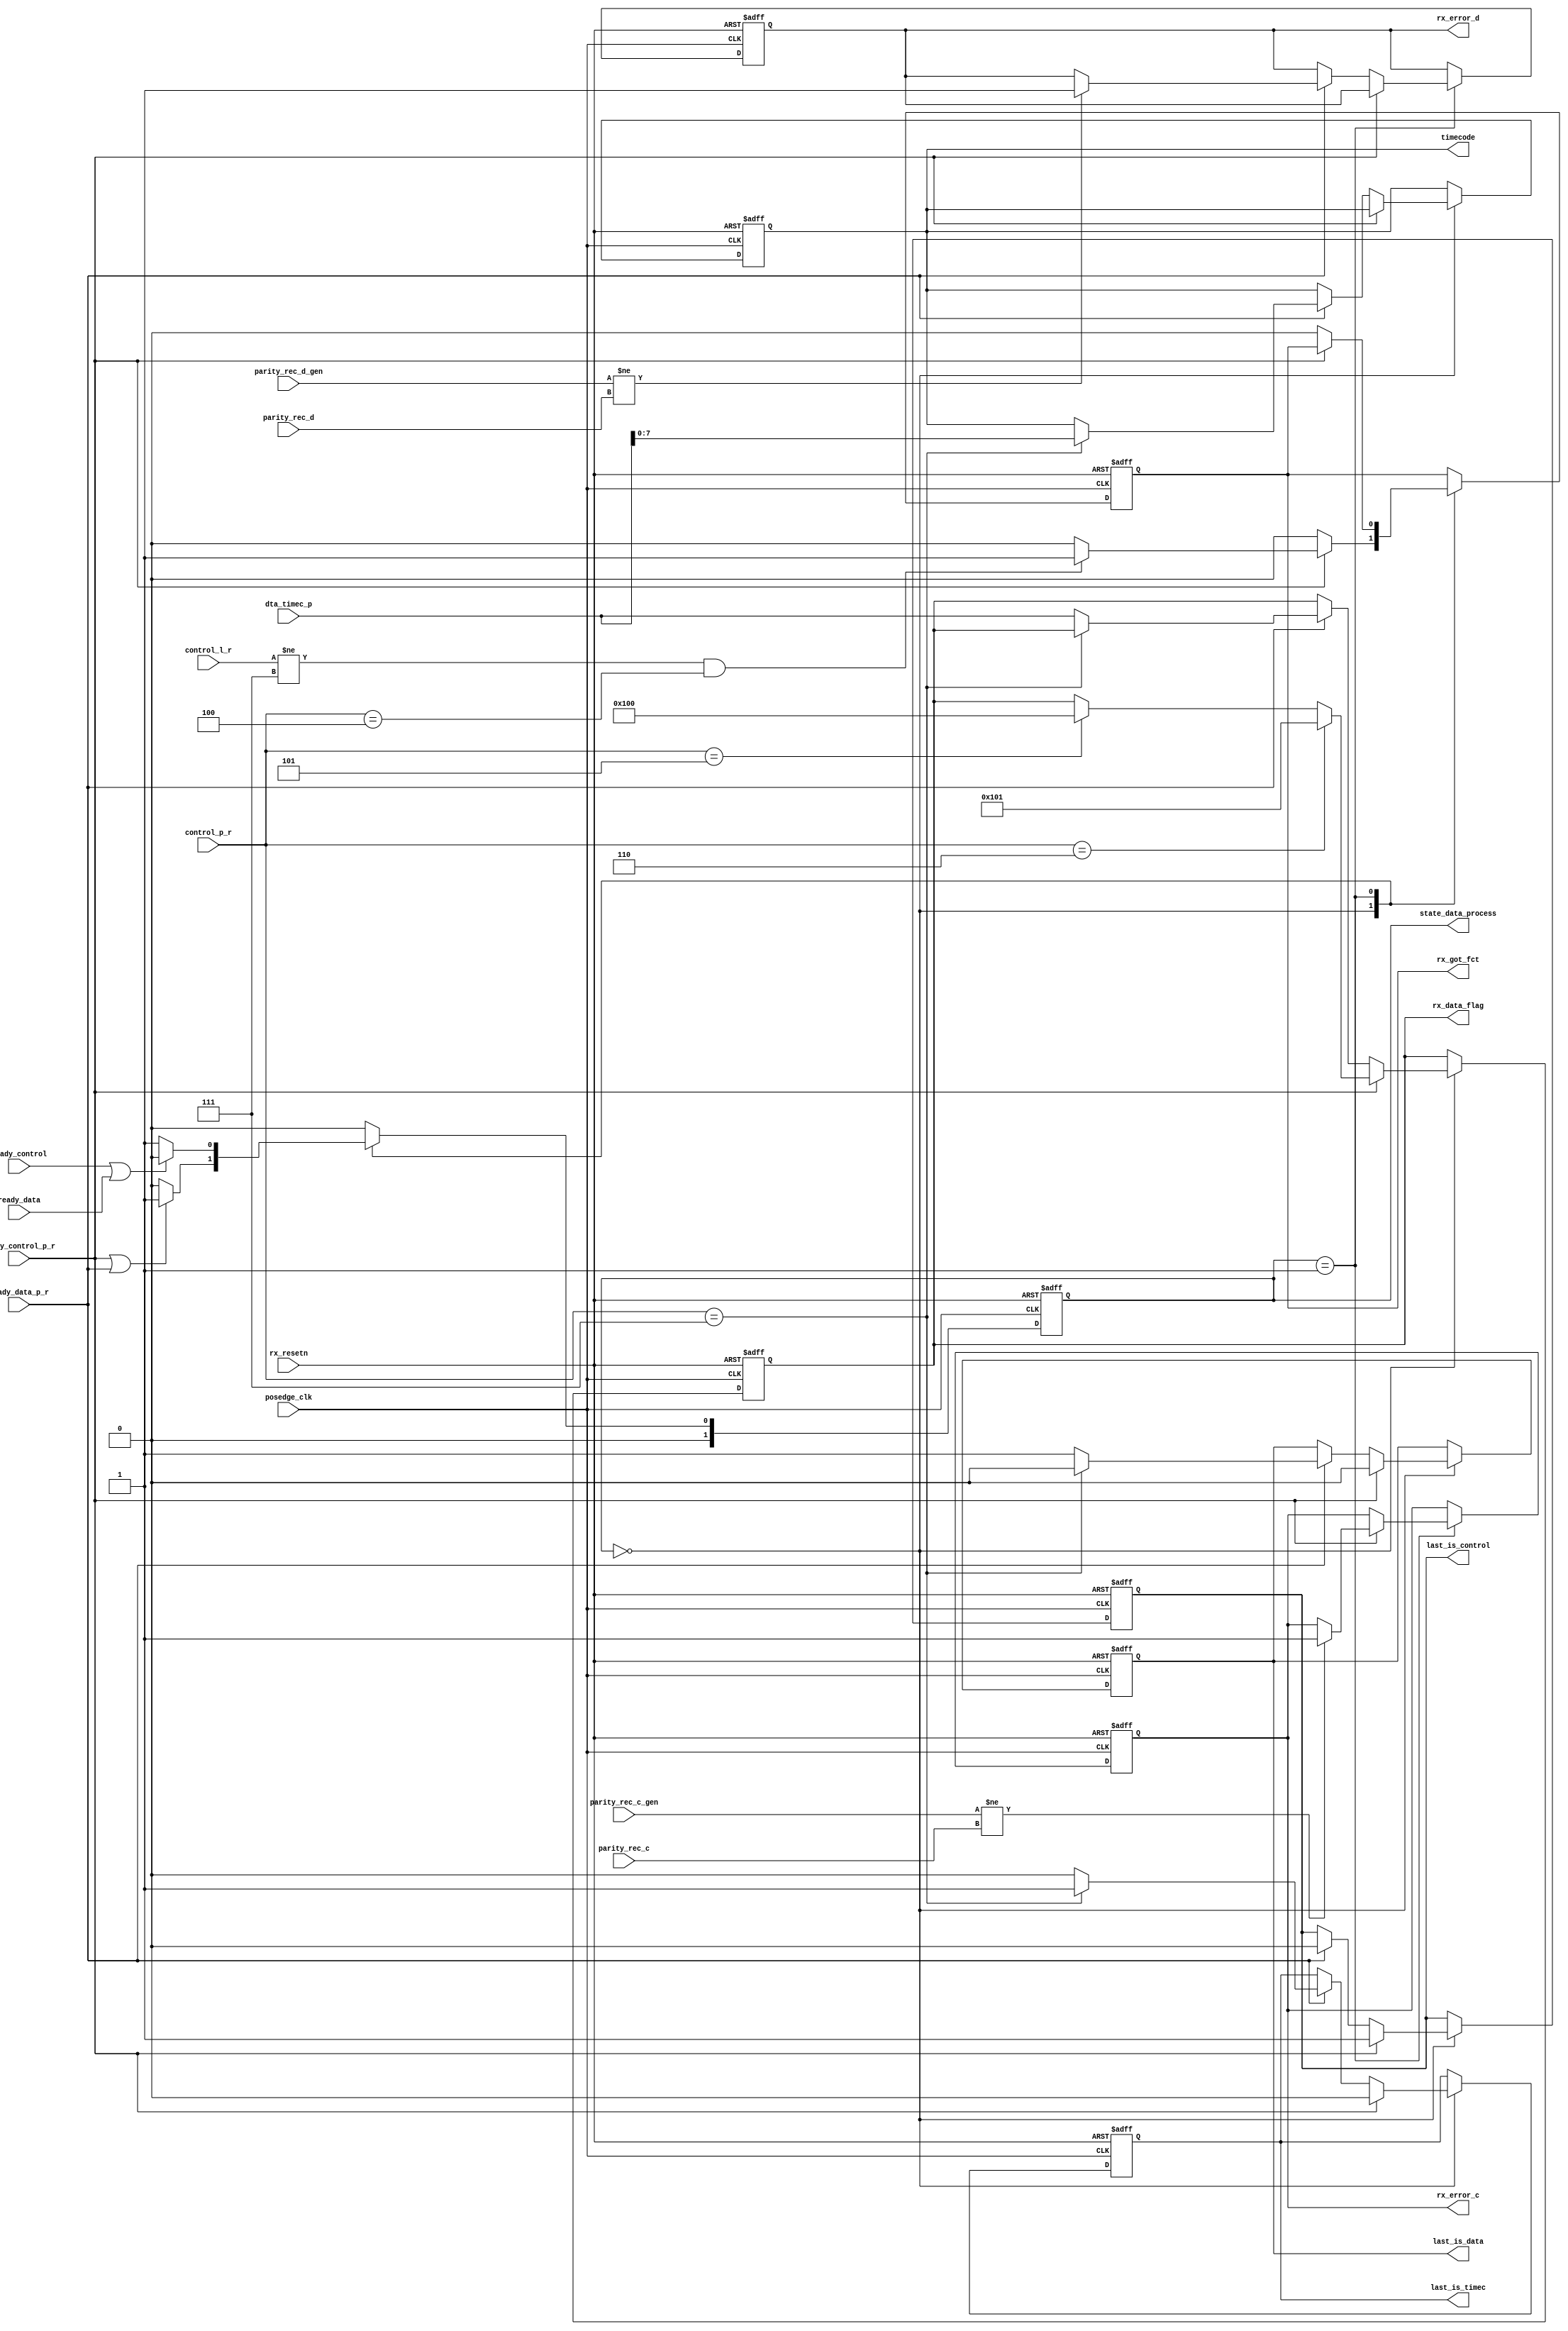
module rx_data_receive(
				input posedge_clk,
				input rx_resetn,
			
				input ready_control_p_r,
				input ready_data_p_r,
				input ready_control,
				input ready_data,

				input parity_rec_c,
				input parity_rec_d,

				input parity_rec_c_gen,
				input parity_rec_d_gen,

				input [2:0] control_p_r,
				input [2:0] control_l_r,
				input [8:0] dta_timec_p,

				output reg [1:0] state_data_process,

				output reg last_is_control,
				output reg last_is_data,
				output reg last_is_timec,

				output reg rx_error_c,
				output reg rx_error_d,
				output reg rx_got_fct,

				output reg [8:0] rx_data_flag/* synthesis dont_replicate */,

				output reg [7:0] timecode/* synthesis dont_replicate */
		      );

	
	reg  [1:0] next_state_data_process/* synthesis dont_replicate */;

always@(*)
begin

	next_state_data_process = state_data_process;

	case(state_data_process)
	2'd0:
	begin
		if(ready_control_p_r || ready_data_p_r)
		begin
			next_state_data_process = 2'd1;
		end
		else 
		begin
			next_state_data_process = 2'd0;
		end
	end
	2'd1:
	begin
		if(ready_control || ready_data)
		begin
			next_state_data_process = 2'd0;
		end
		else 
		begin
			next_state_data_process = 2'd1;
		end
	end
	default:
	begin
		next_state_data_process = 2'd0;
	end
	endcase
end


always@(posedge posedge_clk or negedge rx_resetn)
begin

	if(!rx_resetn)
	begin
		last_is_control  <=  1'b0;
		last_is_data 	 <=  1'b0;
		last_is_timec 	 <=  1'b0;

		rx_data_flag     <=  9'd0; 
		timecode    	 <=  8'd0;

		state_data_process <= 2'd0;

		rx_error_c <= 1'b0;
		rx_error_d <= 1'b0;

		rx_got_fct        <= 1'b0;
	end
	else
	begin

		state_data_process <= next_state_data_process;

		case(state_data_process)
		2'd0:
		begin

			rx_error_c <= rx_error_c;
			rx_error_d <= rx_error_d;

			if(ready_control_p_r)
			begin
				if(control_l_r[2:0] != 3'd7 && control_p_r[2:0] == 3'd4)
				begin
					rx_got_fct        <= 1'b1;
				end
				else
				begin
					rx_got_fct        <= 1'b0;
				end

				if(control_p_r[2:0] == 3'd6)
				begin
					rx_data_flag <= 9'b100000001;
				end
				else if(control_p_r[2:0] == 3'd5)
				begin
					rx_data_flag <= 9'b100000000;
				end
				else
				begin
					rx_data_flag <= rx_data_flag;
				end

				last_is_control 	 <= 1'b1;
				last_is_data    	 <= 1'b0;
				last_is_timec   	 <= 1'b0;

			end
			else if(ready_data_p_r)
			begin
				rx_got_fct        <= 1'b0;
				
				if(control_p_r[2:0] == 3'd7)
				begin
					timecode     <=  {dta_timec_p[7],dta_timec_p[6],dta_timec_p[5],dta_timec_p[4],dta_timec_p[3],dta_timec_p[2],dta_timec_p[1],dta_timec_p[0]};
					last_is_control  	<= 1'b0;
					last_is_data     	<= 1'b0;
					last_is_timec    	<= 1'b1;
				end
				else
				begin
					rx_data_flag	<= {dta_timec_p[8],dta_timec_p[7],dta_timec_p[6],dta_timec_p[5],dta_timec_p[4],dta_timec_p[3],dta_timec_p[2],dta_timec_p[1],dta_timec_p[0]};					
					last_is_control  	<=1'b0;
					last_is_data     	<=1'b1;
					last_is_timec    	<=1'b0;
				end
			end
			else
			begin
				rx_got_fct        <= 1'b0;
				timecode    	<= timecode;
			end
			
		end
		2'd1:
		begin

			if(ready_control_p_r)
			begin

				if(parity_rec_c_gen != parity_rec_c)
				begin
					rx_error_c <= 1'b1;
				end
				else
					rx_error_c <= rx_error_c;

				rx_got_fct        <= rx_got_fct;

			end
			else if(ready_data_p_r)
			begin

				if(parity_rec_d_gen != parity_rec_d)
				begin
					rx_error_d <= 1'b1;
				end
				else
					rx_error_d <= rx_error_d;
				
				rx_got_fct        <= 1'b0;

			end
			else
			begin
				rx_error_c <= rx_error_c;
				rx_error_d <= rx_error_d;
				rx_got_fct        <= 1'b0;
			end

			rx_data_flag	<= rx_data_flag;
			timecode    	<= timecode;
		end
		default:
		begin
				rx_data_flag	<= rx_data_flag;
				timecode    	<= timecode;
				rx_got_fct      <= rx_got_fct;
			
		end
		endcase	
	end
end

endmodule